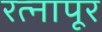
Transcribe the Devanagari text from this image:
रत्‍नापूर